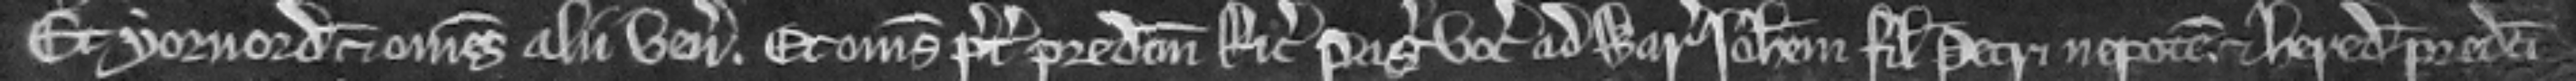
Et Yorvordus et omnes alii veniunt. Et omnes preter predictum Ricardum Pag vocant ad warantum Johannem filium Petri nepotem. et heredem predicti